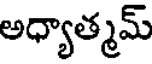
అధ్యాత్మమ్